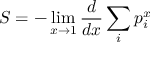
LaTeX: S = - \operatorname* { l i m } _ { x \rightarrow 1 } { \frac { d } { d x } } \sum _ { i } p _ { i } ^ { x }